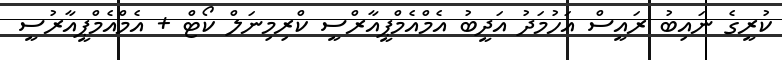
ކުރީގެ ނައިބު ރައީސް އަހުމަދު އަދީބު އެމްއެމްޕީއާރްސީ ކްރިމިނަލް ކޯޓް + އެމްއެމްޕީއާރުސީ